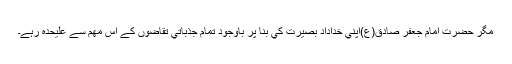
مگر حضرت امام جعفر صادق(ع)اپني خداداد بصيرت کي بنا پر باوجود تمام جذباتي تقاضوں کے اس مھم سے عليٰحدہ رہے۔